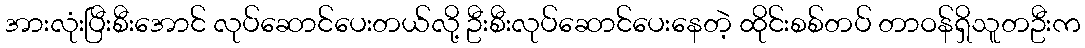
အားလုံးပြီးစီးအောင် လုပ်ဆောင်ပေးတယ်လို့ ဦးစီးလုပ်ဆောင်ပေးနေတဲ့ ထိုင်းစစ်တပ် တာဝန်ရှိသူတဦးက